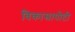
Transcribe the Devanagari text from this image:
विकासापोटी